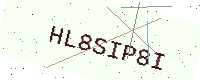
Text: HL8SIP8I